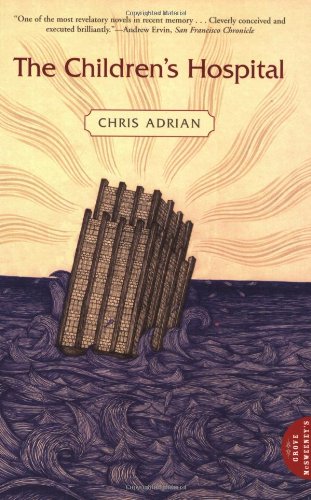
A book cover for The Children's Hospital; Chris Adrian; Religion & Spirituality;